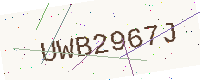
Text: UWB2967J